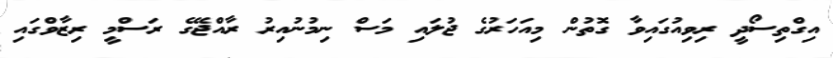
އިގްތިސޯދީ ރިވިއުގައިވާ ގޮތުން މިއަހަރުގެ ޖުލައި މަސް ނިމުނުއިރު ރާއްޖޭގެ ރަސްމީ ރިޒާވްގައި